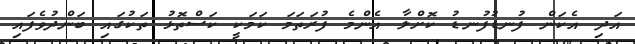
އަދި އެކަން ފުނޑުފުނޑު ކޮށްލާ އެންމެ ފުރަތަމަ ކަމަކީ ކަސްތޮޅު ތަކުގައި ބަންދުވެފައި